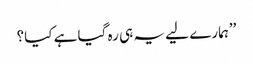
’’ہمارے لیے یہ ہی رہ گیا ہے کیا؟